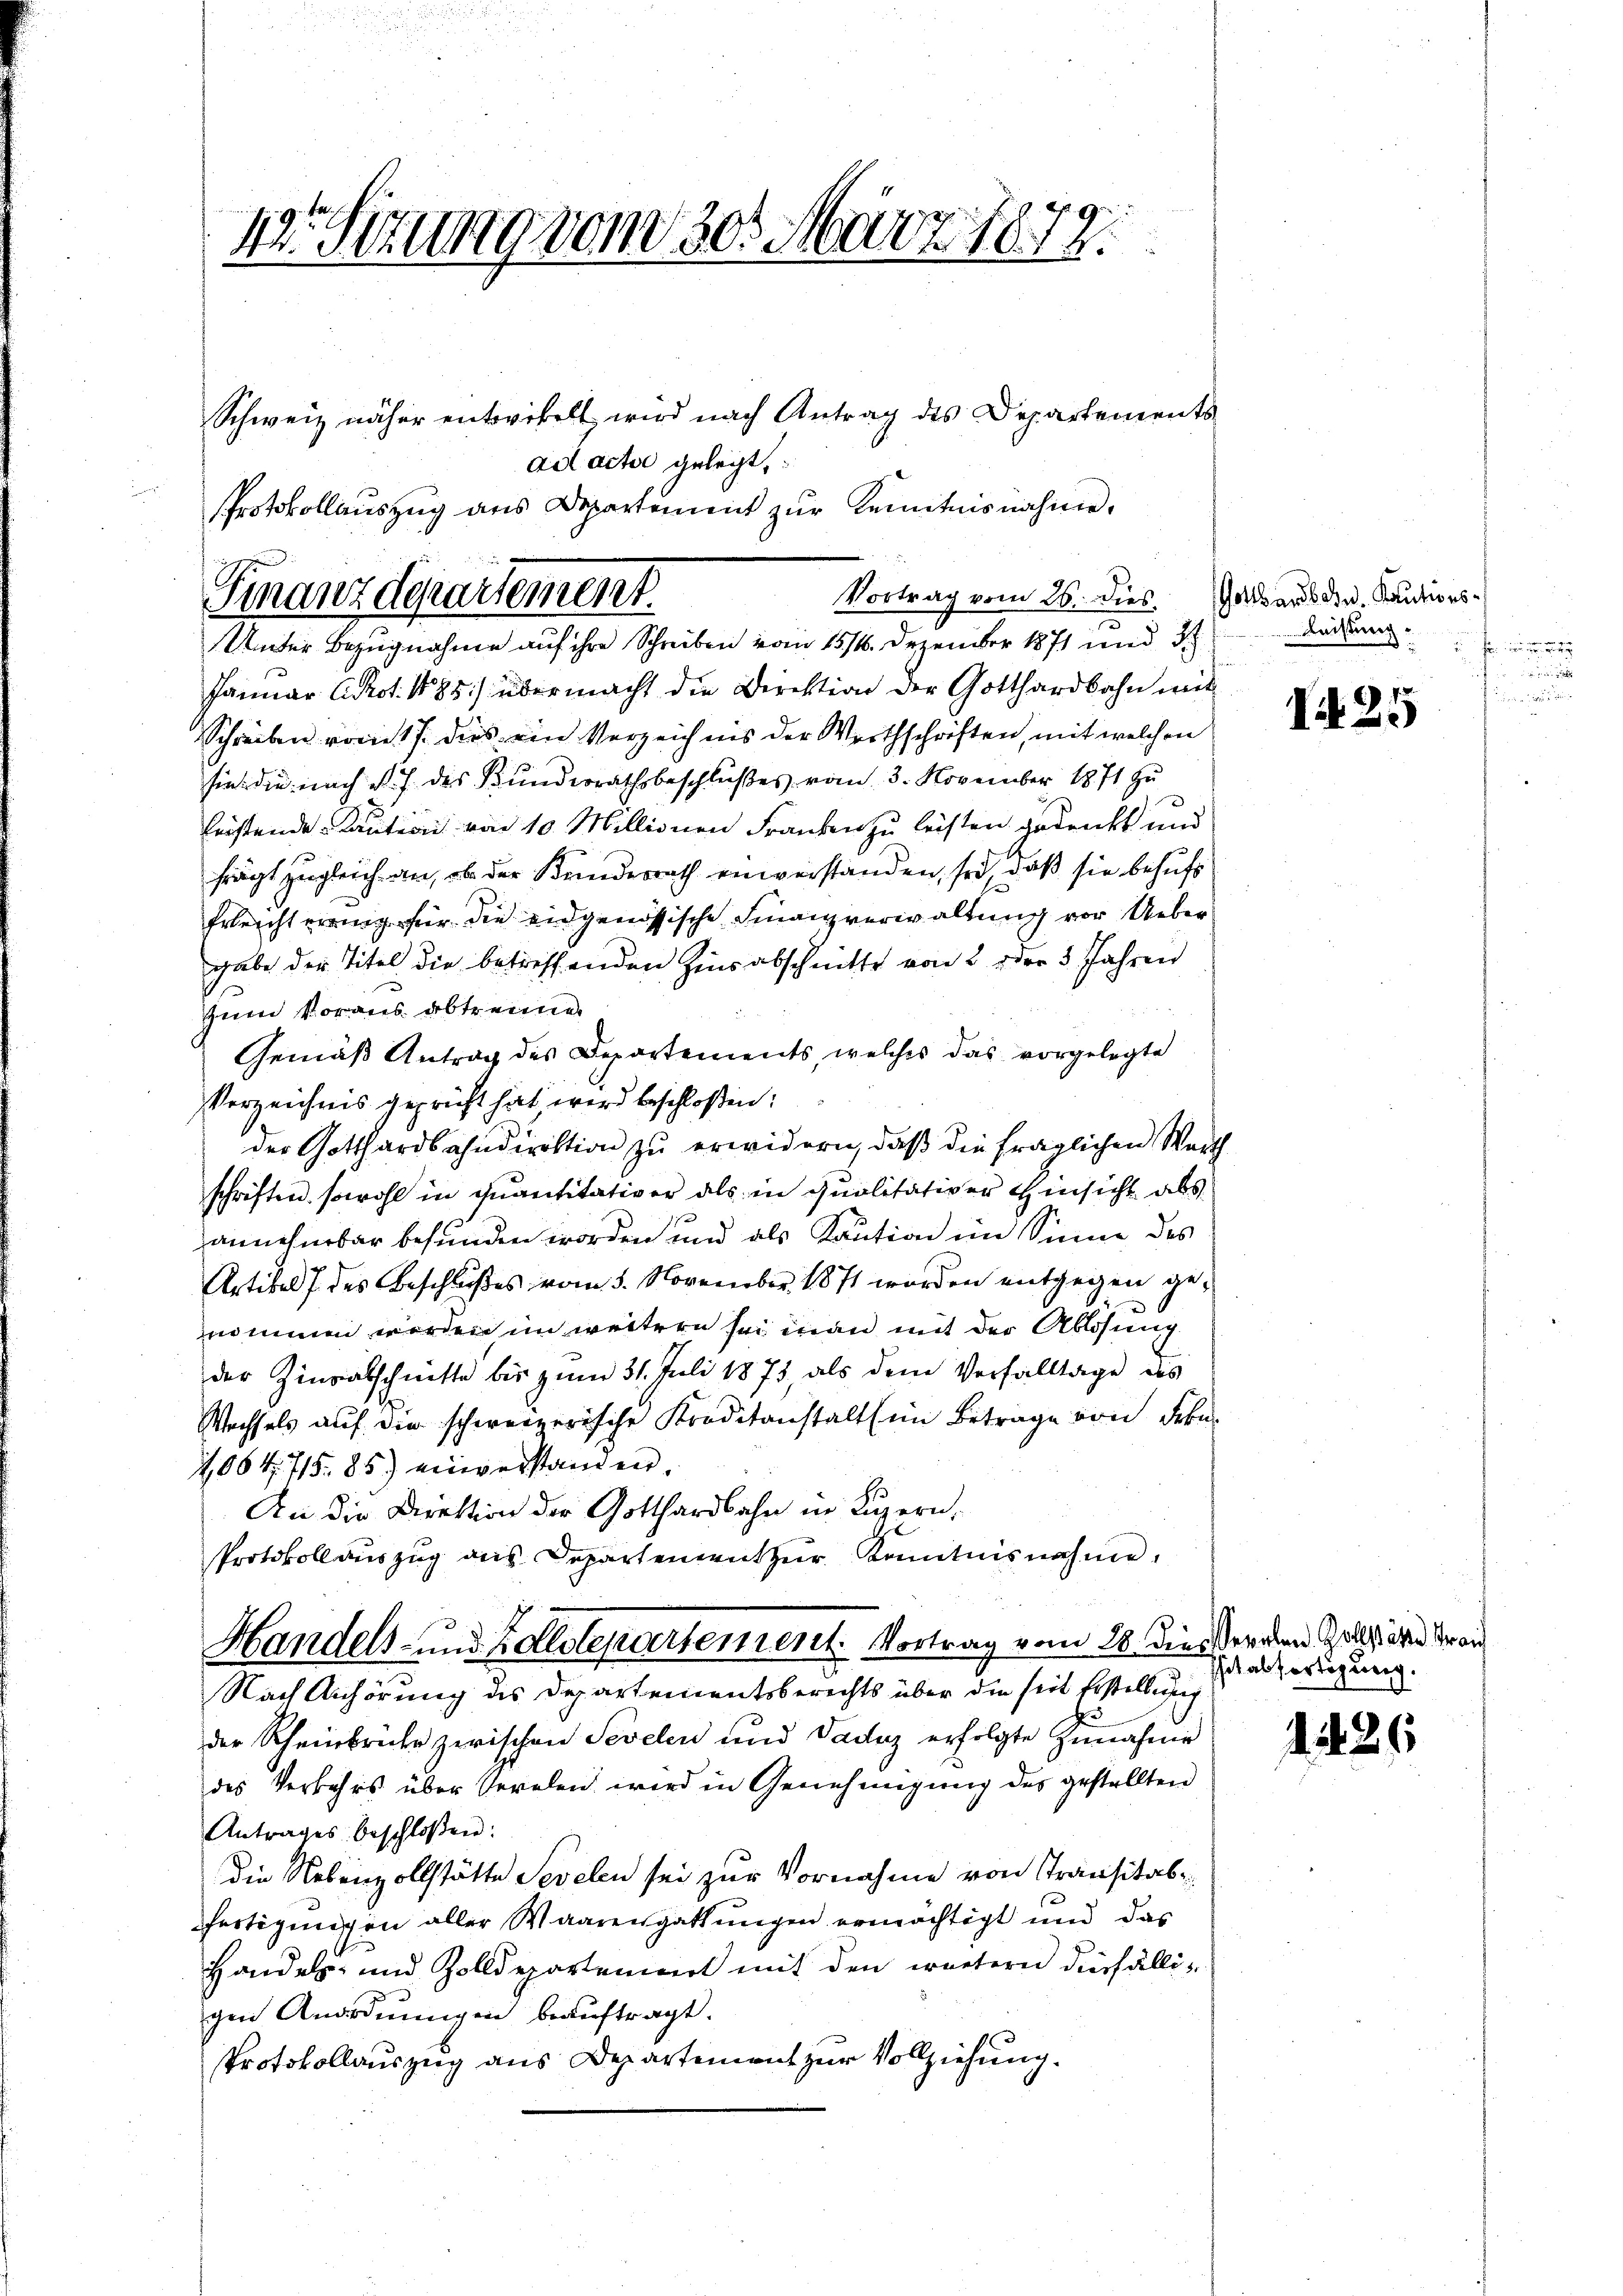
13. Sizung vom 30. März 1879.
Schweiz näher entwickelt, wird nach Antrag des Departements
ad actor gelegt,
Protokollauszug aus Departement zur Kenntnisnahme.

Januar Prot. 1885) übermacht die Direktion der Gotthardbahn mit
Schreiben vom 17. dies ein Verzeichnis der Wirthschriften, mit welchen
sien die nach d. J. des Bundesrathsbeschlußes vom 3. November 1871 zu
leistende Kauten von 10 Millionen Franken zu leisten gedruckt und
frägt zugleich an, ob der Kundesrath einverstanden, so daß sie behufs
Erleicht ereinig für die eidgenössische Finanzverwaltung vor Uebergabe der Titel die betreffenden Zins abschnitte von 2 oder 5 Jahren

zum Voraus abtrennen
Gemäß Antrag des Departements, welches das vorgelegte
Verzeichnis geprüft hat wird beschloßen:
der Gotthardbahndirektion zu erwidern, daß die fraglichen Werth
schriften, sowohl in quantitativer als in quolitativer Hinsicht abs
annehmbar befunden worden und als Kaution im Sinne des
Artikel des Beschlußes vom 5. November 1871 worden entgegen genommen werden im weitern sei man mit der Ablösung
der Zinsabschnitte bis zum 31. Juli 1873, als dem Verfalltage des
Wechsels auf die schweizerische Kreditanstalt im Betrage von Frkn.
1064. 715.85) einverstanden.
An die Direktion der Gotthardbahn in Luzern,
Protokollauszug aus Departement zur Kenntnisnahme,

Vortrag vom 26. dies Gottsarben. Kautions¬
Finanzdepartement.
Unter Bezugnahme auf ihre Schreiben vom 1514. Dezember 1871 und 3

Handels- und Kalslepartement. Vortrag vom 28. dieser den Zoll der der an
Nach Anhörung des Departementsberechts über die seit Erstellung

der Rheinbrüche zwischen Sevelen und Daduz erfolgte Zunahme
des Verkehrs über Veralen wird in Genehmigung des gestellten
Antrages beschloßen:
die Nebenzollstätte Sevelen sei zur Vornahme von Transitalfertigungen aller Waarengattungen ermächtigt und das
Handels- und Zolldepartement mit den wuetern diesfälliggen Anordnungen beauftragt.
Protokollauszug aus Departement zur Vollziehung.

Kristung
.

I 25

hit abfertigung.

26